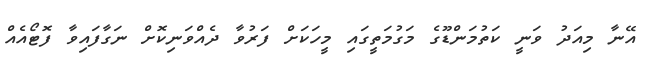
އޭނާ މިއަދު ވަނީ ކަތުމަންޑޫގެ މަގުމަތީގައި މީހަކަށް ފަރުވާ ދެއްވަނިކޮށް ނަގާފައިވާ ފޮޓޯއެއް